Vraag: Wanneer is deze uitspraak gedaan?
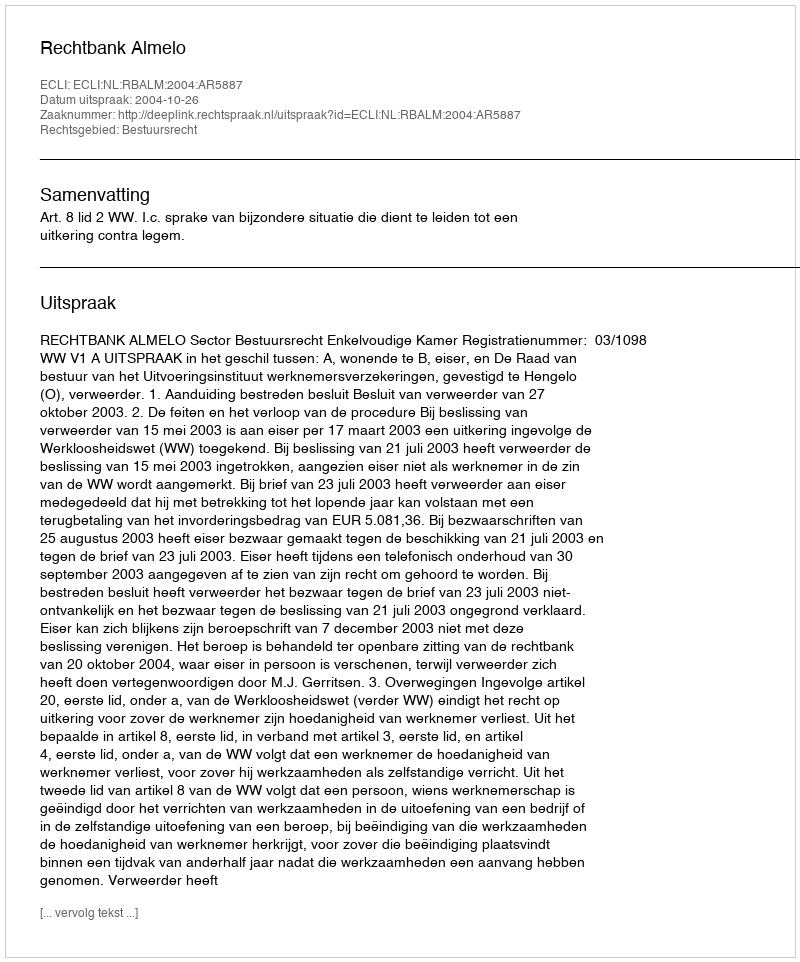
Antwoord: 2004-10-26